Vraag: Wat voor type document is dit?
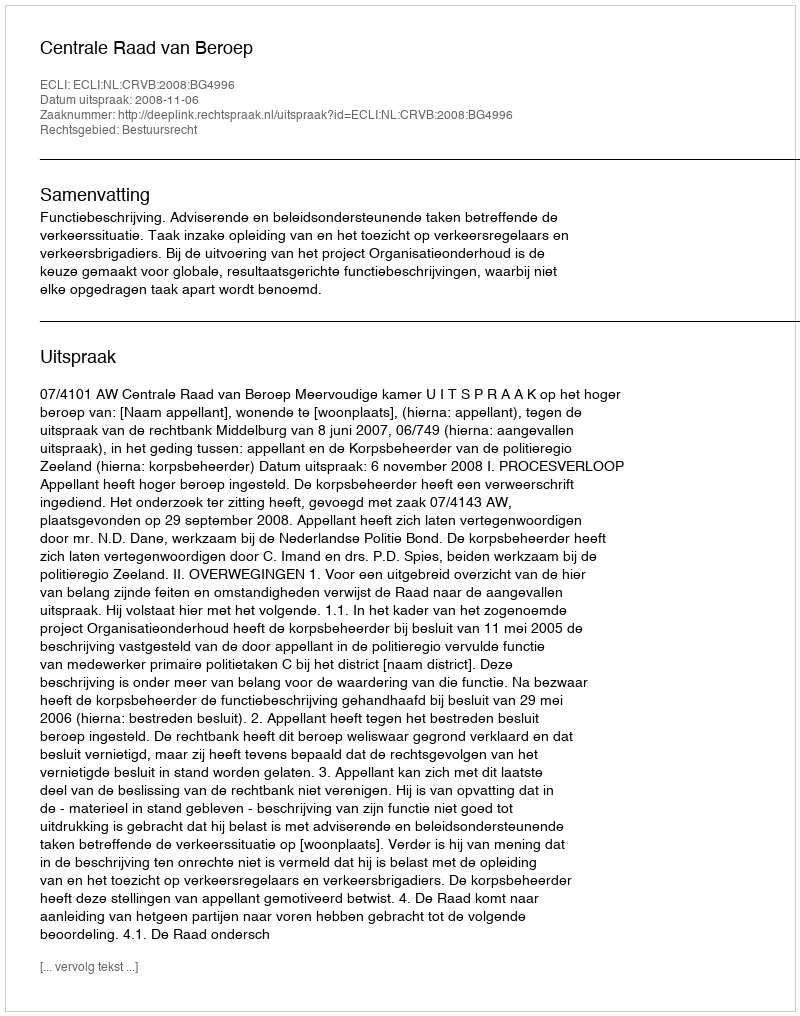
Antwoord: Uitspraak